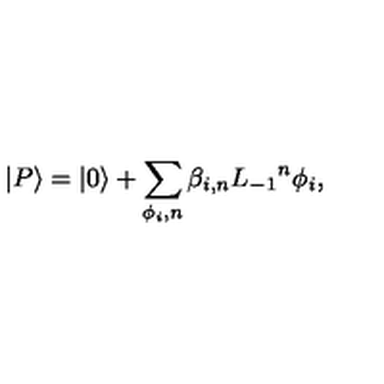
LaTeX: | P \rangle = | 0 \rangle + \sum _ { \phi _ { i } , n } \beta _ { i , n } { L _ { - 1 } } ^ { n } \phi _ { i } ,